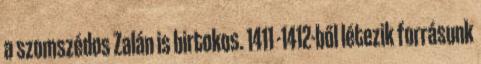
a szomszédos Zalán is birtokos. 1411 -1412-ből létezik forrásunk